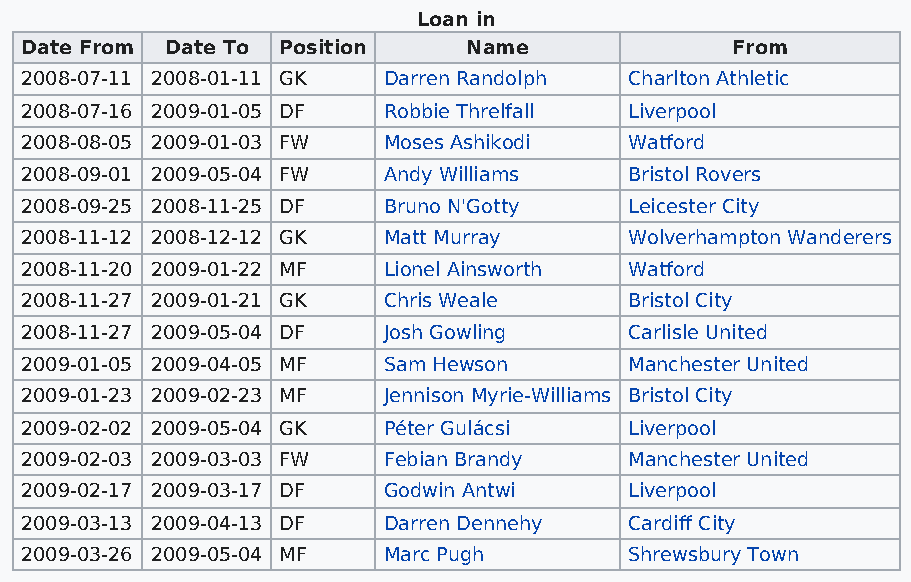
Loan in
 Date From Date To Position    Name             From
 2008-07-11 2008-01-11 GK Darren Randolph Charlton Athletic
 2008-07-16 2009-01-05 DF Robbie Threlfall Liverpool
 2008-08-05 2009-01-03 FW Moses Ashikodi  Watford
 2008-09-01 2009-05-04 FW Andy Williams   Bristol Rovers
 2008-09-25 2008-11-25 DF Bruno N'Gotty   Leicester City
 2008-11-12 2008-12-12 GK Matt Murray     Wolverhampton Wanderers
 2008-11-20 2009-01-22 MF Lionel Ainsworth Watford
 2008-11-27 2009-01-21 GK Chris Weale     Bristol City
 2008-11-27 2009-05-04 DF Josh Gowling    Carlisle United
 2009-01-05 2009-04-05 MF Sam Hewson      Manchester United
 2009-01-23 2009-02-23 MF Jennison Myrie-Williams Bristol City
 2009-02-02 2009-05-04 GK Péter Gulácsi   Liverpool
 2009-02-03 2009-03-03 FW Febian Brandy   Manchester United
 2009-02-17 2009-03-17 DF Godwin Antwi    Liverpool
 2009-03-13 2009-04-13 DF Darren Dennehy  Cardiff City
 2009-03-26 2009-05-04 MF Marc Pugh       Shrewsbury Town